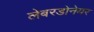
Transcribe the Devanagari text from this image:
लेबरडोनेयर